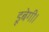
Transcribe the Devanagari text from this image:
डूबेगी।